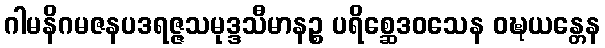
ဂါမနိဂမဇနပဒရဇ္ဇသမုဒ္ဒသီမာနဉ္စ ပရိစ္ဆေဒဝသေန ဝဍ္ဎယန္တေန